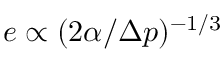
e \propto ( 2 \alpha / \Delta p ) ^ { - 1 / 3 }